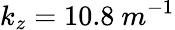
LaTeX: k_{z}=10.8\ m^{-1}